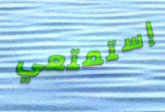
إستمتعي